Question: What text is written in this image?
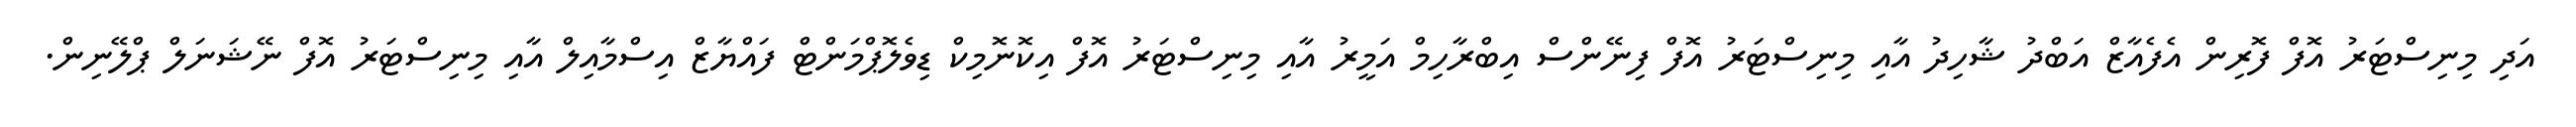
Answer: އަދި މިނިސްޓަރު އޮފް ފޮރިން އެފެއާޒް އަބްދު ޝާހިދު އާއި މިނިސްޓަރު އޮފް ފިނޭންސް އިބްރާހިމް އަމީރު އާއި މިނިސްޓަރު އޮފް އިކޮނޮމިކް ޑިވެލޮޕްމަންޓް ފައްޔާޒް އިސްމާއިލް އާއި މިނިސްޓަރު އޮފް ނޭޝަނަލް ޕްލޭނިން.